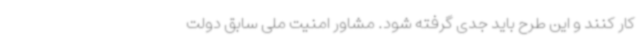
کار کنند و این طرح باید جدی گرفته شود. مشاور امنیت ملی سابق دولت